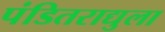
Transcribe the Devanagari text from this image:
पंडितराद्युला